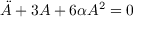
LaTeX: \ddot { A } + 3 A + 6 \alpha A ^ { 2 } = 0